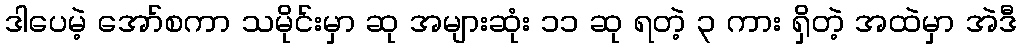
ဒါပေမဲ့ အော်စကာ သမိုင်းမှာ ဆု အများဆုံး ၁၁ ဆု ရတဲ့ ၃ ကား ရှိတဲ့ အထဲမှာ အဲဒီ